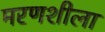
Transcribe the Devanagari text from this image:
मरणशीला